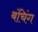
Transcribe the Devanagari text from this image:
बंचिंग